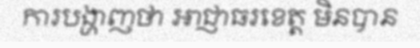
ការបង្ហាញថា អាជ្ញាធរខេត្ត មិនបាន